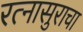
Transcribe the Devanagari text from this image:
रत्नासुराचा